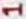
Text: 1